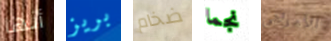
أنها بريز ضخام نجما للأمراض